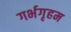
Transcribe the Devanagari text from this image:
गर्भगृहम